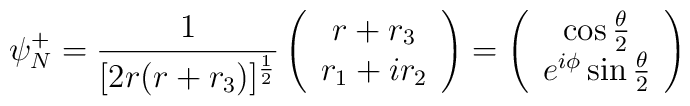
\psi^+_N=\frac{1}{[2r(r+r_3)]^{\frac{1}{2}}}\left( \begin{array}{c}r+r_3 \\ r_1+ir_2 \end{array} \right ) = \left( \begin{array}{c}\cos\frac{\theta}{2} \\ e^{i\phi} \sin\frac{\theta}{2} \end{array}\right )